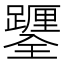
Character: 𨇎